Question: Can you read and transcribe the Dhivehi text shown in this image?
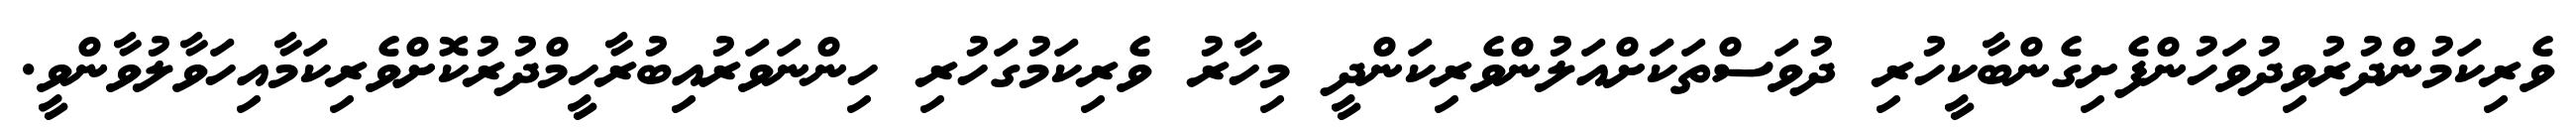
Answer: ވެރިކަމުންދުރުވިދުވަހުންފެށިގެންބާކީހުރި ދުވަސްތަކަަށްއަލުންވެރިކަންދީ މިހާރު ވެރިކަމުގަހުރި ހިންނަވަރުއިބުރާހީމްދުރުކޮށްވެރިކަމާއިހަވާލުވާންވީ.